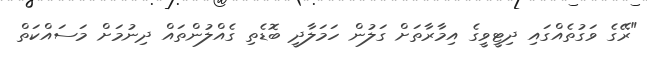
"ރޭގެ ވަގުތެއްގައި ދިޓީވީގެ އިމާރާތަށް ގަލުން ހަމަލާދީ ބޮޑެތި ގެއްލުންތައް ދިނުމަށް މަސައްކަތް